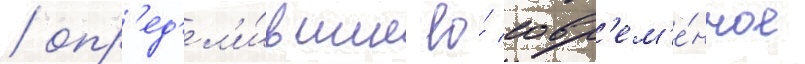
/ опр'ед'ел'и́вшие ео́ совр'ем'е́нное